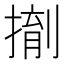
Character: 𪮌